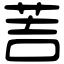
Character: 䓀